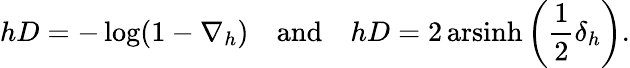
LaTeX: hD=-\log(1-\nabla_{h})\quad{\mathrm{and}}\quad hD=2\operatorname{arsinh}\left({\frac{1}{2}}\delta_{h}\right).